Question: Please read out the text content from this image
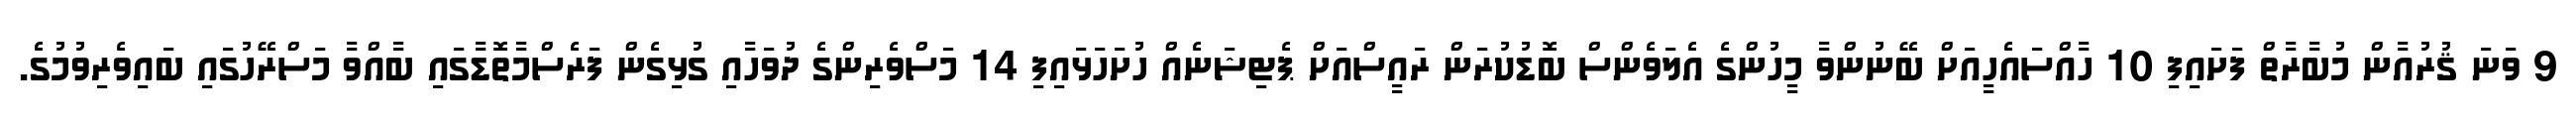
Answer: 9 ވަނަ ޤުރުއާން މުބާރާތް ފަށައިފި 10 ހާއްސައެހީއަށް ބޭނުންވާ މީހުންގެ އެލަވެންސް ބޮޑުކުރަން ރައީސްއަށް ޕެޓިޝަނެއް ހުށަހަޅައިފި 14 މަސްވެރިންގެ ދުވަހާއި ގުޅިގެން ފަރެސްމާތޮޑާގައި ބާއްވާ މަސްރޭހުގައި ބައިވެރިވުމުގެ.